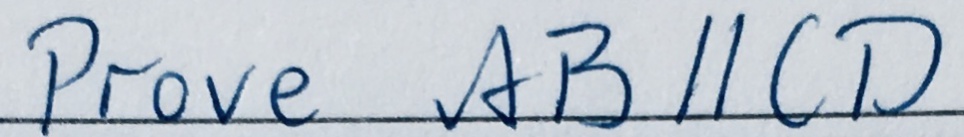
P r o v e A B / / C D